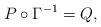
LaTeX: \begin{align*} P\circ\Gamma^{-1}=Q,\end{align*}